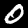
Digit: 0